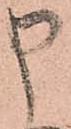
申